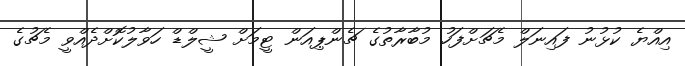
އިއްޔެ ކުޅުނު ފައިނަލް މެޗަށްފަހު މުބާރާތުގެ ޗެންޕިއަން ޓީމަށް ޝީލްޑް ހަވާލުކޮށްދެއްވީ މެޗުގެ